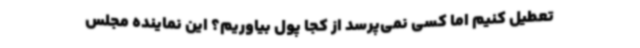
تعطیل کنیم اما کسی نمی‌پرسد از کجا پول بیاوریم؟ این نماینده مجلس